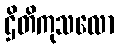
ဌိတိကုသလော